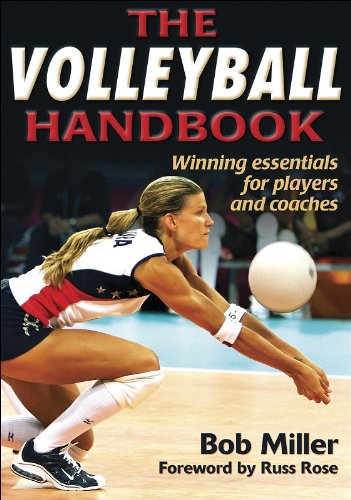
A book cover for The Volleyball Handbook; Robert Miller; Sports & Outdoors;